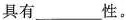
具有___性。